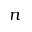
n